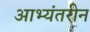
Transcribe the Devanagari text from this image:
आभ्यंतरीन